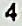
4